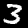
Label: 3